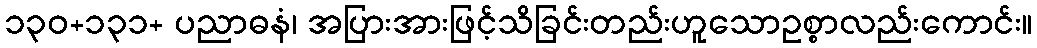
၁၃၀+၁၃၁+ ပညာဓနံ၊ အပြားအားဖြင့်သိခြင်းတည်းဟူသောဥစ္စာလည်းကောင်း။